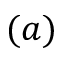
( a )